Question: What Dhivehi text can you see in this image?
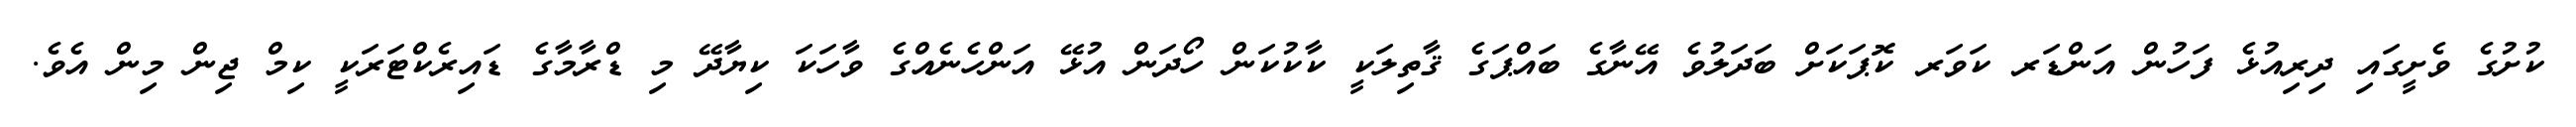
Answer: ކުށުގެ ވެށީގައި ދިރިއުޅެ ފަހުން އަންޑަރ ކަވަރ ކޮޕަކަށް ބަދަލުވެ އޭނާގެ ބައްޕަގެ ޤާތިލަކީ ކާކުކަން ހޯދަން އުޅޭ އަންހެނެއްގެ ވާހަކަ ކިޔާދޭ މި ޑްރާމާގެ ޑައިރެކްޓަރަކީ ކިމް ޖިން މިން އެވެ.